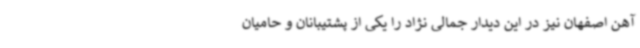
آهن اصفهان نیز در این دیدار جمالی نژاد را یکی از پشتیبانان و حامیان